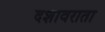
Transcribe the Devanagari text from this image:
दशावराता